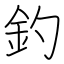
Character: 釣